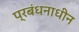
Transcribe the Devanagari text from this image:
प्रबंधनाधीन